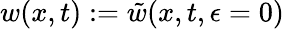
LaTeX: w(x,t):=\tilde{w}(x,t,\epsilon=0)